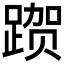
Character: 𰸦